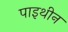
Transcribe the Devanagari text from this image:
पाइथीन